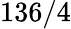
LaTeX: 136/4